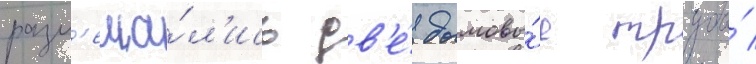
разм'еща́л'ись дв'е́ дымовы́е трубы́